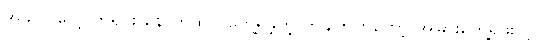
အခုလို လေ့လာရင်း နောက်ထပ် တွေ့ရှိခဲ့တဲ့ တချက်ကတော့ အခြားတွေ့ရဖူးတဲ့